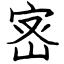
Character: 宻